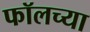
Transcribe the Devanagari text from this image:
फॉलच्या